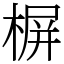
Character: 𣖕